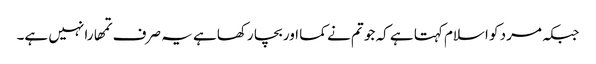
جبکہ مرد کو اسلام کہتا ہے کہ جو تم نے کما اور بچا رکھا ہے یہ صرف تمھارا نہیں ہے۔